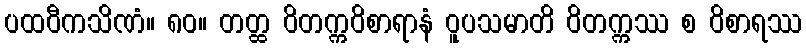
ပထဝီကသိဏံ။ ၈၀။ တတ္ထ ဝိတက္ကဝိစာရာနံ ဝူပသမာတိ ဝိတက္ကဿ စ ဝိစာရဿ